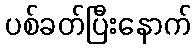
ပစ်ခတ်ပြီးနောက်